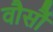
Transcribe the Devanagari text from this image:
वौर्सौ